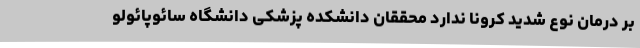
بر درمان نوع شدید کرونا ندارد محققان دانشکده پزشکی دانشگاه سائوپائولو